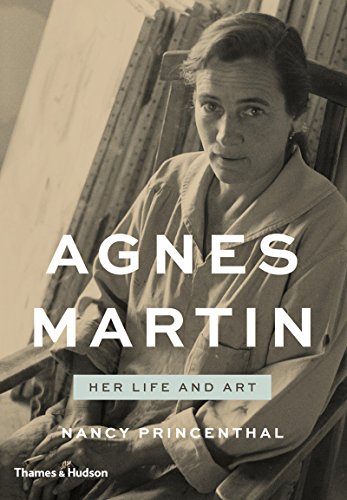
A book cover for Agnes Martin: Her Life and Art; Nancy Princenthal; Arts & Photography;